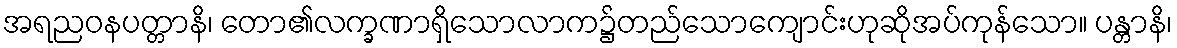
အရညဝနပတ္တာနိ၊ တော၏လက္ခဏာရှိသောလာက၌တည်သောကျောင်းဟုဆိုအပ်ကုန်သော။ ပန္တာနိ၊